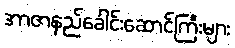
အာဇာနည်ခေါင်းဆောင်ကြီးများ